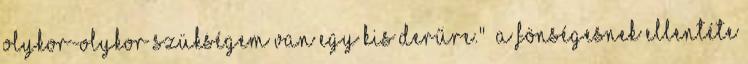
olykor-olykor szükségem van egy kis derűre." A fönségesnek ellentéte